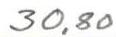
30,80